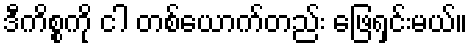
ဒီကိစ္စကို ငါ တစ်ယောက်တည်း ဖြေရှင်းမယ်။